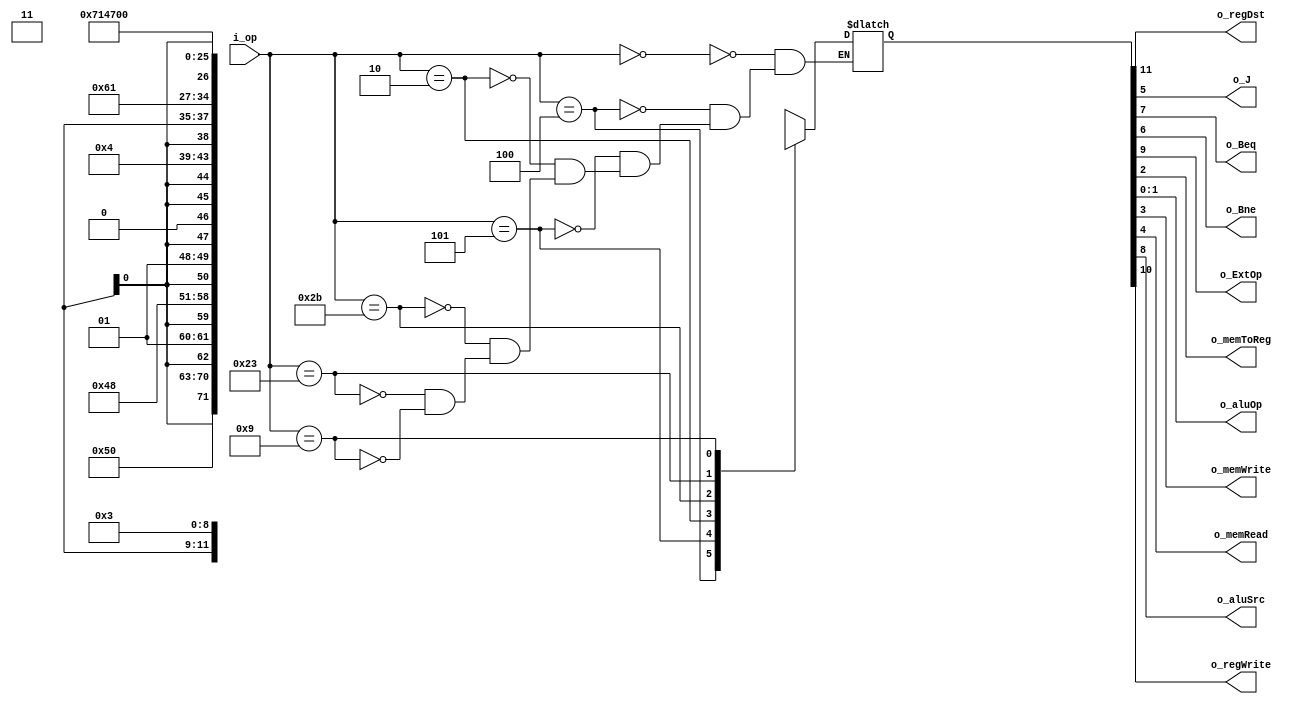
module controlUnit(i_op, 
	               o_regDst,
	               o_J, 
	               o_Beq,
	               o_Bne,
	               o_ExtOp,
	               o_memToReg,
	               o_aluOp,
	               o_memWrite,
	               o_memRead,
	               o_aluSrc,
	               o_regWrite
	               );
  
input     	[5:0]    i_op;
output           	 o_regDst;
output           	 o_regWrite;
output 			 	 o_ExtOp;
output            	 o_aluSrc;
output             	 o_Beq;
output 				 o_Bne;
output           	 o_J; 
output           	 o_memRead;
output           	 o_memWrite;
output           	 o_memToReg;
output    [1:0]  	 o_aluOp;

reg [11:0] control;
parameter 		RTYPE    = 6'b000000,
				BEJ  	 = 6'b000100, //4
				BNE      = 6'b000101, //5
				J 		 = 6'b000010, //2
				SW 		 = 6'b101011, //43
				LW 	 	 = 6'b100011, //35
				ADDIU 	 = 6'b001001; //9

assign {o_regDst,o_regWrite,o_ExtOp,o_aluSrc,o_Beq,o_Bne,o_J,o_memRead,o_memWrite,o_memToReg,o_aluOp} = control;

always @(*) begin
	case (i_op)
		RTYPE: 	control <= 12'b11x000000011;
		BEJ: 	control <= 12'bx01010000x01;
		BNE:	control <= 12'bx01001000x01;
		J:		control <= 12'bx0xx00100x11;
		SW:		control <= 12'bx01100001x00;
		LW: 	control <= 12'b011100010100;
		ADDIU:	control <= 12'b011100000000;
	endcase
end
  
endmodule